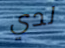
لدي